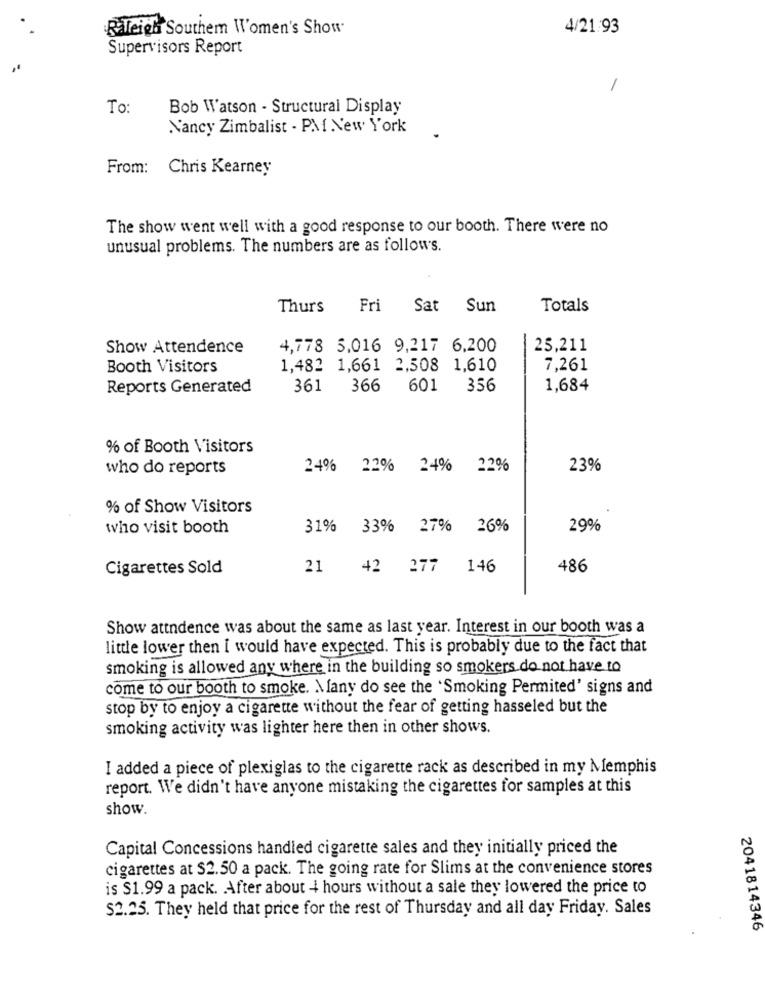
Raleigh Southem Women's Show-
4/21:93
Supervisors Report
-
To:
Bob Watson - Structural Display
Nancy Zimbalist - PMI New York
From: Chris Kearney
The show went well with a good response to our booth. There were no
unusual problems. The numbers are as follows.
Thurs
Fri
Sat Sun
Totals
Show Attendence
4,778 5,016 9,217 6,200
25,211
Booth Visitors
1,482 1,661 2,508 1,610
7,261
Reports Generated
361
366
601
356
1,684
% of Booth Visitors
who do reports
24% 22% 24% 22%
23%
% of Show Visitors
who visit booth
31%
33% 27% 26%
29%
Cigarettes Sold
21
42 277
146
486
Show attndence was about the same as last year. Interest in our booth was a
little lower then I would have expected. This is probably due to the fact that
smoking is allowed any where in the building so smokers do not have to
come to our booth to smoke. Many do see the 'Smoking Permited' signs and
stop by to enjoy a cigarette without the fear of getting hasseled but the
smoking activity was lighter here then in other shows.
I added a piece of plexiglas to the cigarette rack as described in my Memphis
report. We didn't have anyone mistaking the cigarettes for samples at this
show.
Capital Concessions handled cigarette sales and they initially priced the
cigarettes at $2.50 a pack. The going rate for Slims at the convenience stores
is $1.99 a pack. After about + hours without a sale they lowered the price to
$2.25. They held that price for the rest of Thursday and all day Friday. Sales
2041814346